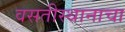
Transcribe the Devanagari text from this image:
वसतीस्थानाचा